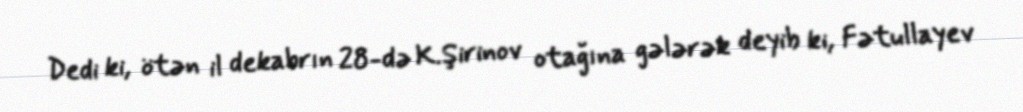
Dedi ki, ötən il dekabrın 28-də K.Şirinov otağına gələrək deyib ki, Fətullayev